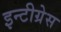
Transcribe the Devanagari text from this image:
इन्टीग्रेस